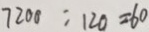
7 2 0 0 : 1 2 0 = 6 0